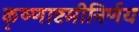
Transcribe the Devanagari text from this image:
कृष्णाष्टमीनिर्णय